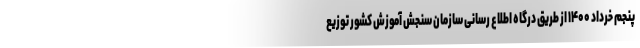
پنجم خرداد ۱۴۰۰ از طریق درگاه اطلاع رسانی سازمان سنجش آموزش کشور توزیع